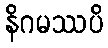
နိဂမဿပိ